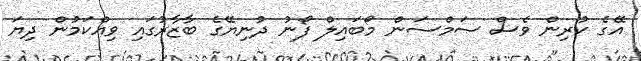
އޭގެ ކުރިން ވެސް ސަމްސަން މޯބައިލް ފޯނު ދުނިޔޭގެ ބާޒާރުގައި ވިއްކަމުން ދިޔަ